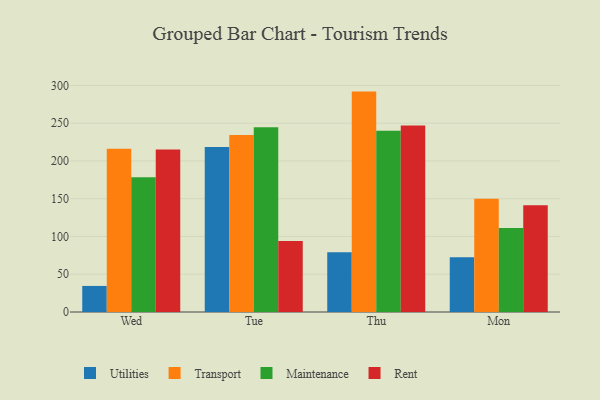
{"axis": {"x": "Day", "y": "Headcount"}, "legend": ["Maintenance", "Rent", "Transport", "Utilities"], "data": [{"x": "Wed", "y": 34.5, "type": "Utilities"}, {"x": "Wed", "y": 216.1, "type": "Transport"}, {"x": "Wed", "y": 178.5, "type": "Maintenance"}, {"x": "Wed", "y": 215.3, "type": "Rent"}, {"x": "Tue", "y": 218.3, "type": "Utilities"}, {"x": "Tue", "y": 234.2, "type": "Transport"}, {"x": "Tue", "y": 244.6, "type": "Maintenance"}, {"x": "Tue", "y": 94.0, "type": "Rent"}, {"x": "Thu", "y": 79.1, "type": "Utilities"}, {"x": "Thu", "y": 291.8, "type": "Transport"}, {"x": "Thu", "y": 240.1, "type": "Maintenance"}, {"x": "Thu", "y": 247.0, "type": "Rent"}, {"x": "Mon", "y": 72.4, "type": "Utilities"}, {"x": "Mon", "y": 149.9, "type": "Transport"}, {"x": "Mon", "y": 111.1, "type": "Maintenance"}, {"x": "Mon", "y": 141.4, "type": "Rent"}]}